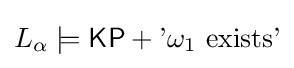
L_{\alpha }\models {\mathsf {KP}}+{\text{'}}\omega _{1}{\text{ exists'}}